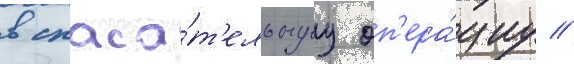
в спаса́т'ельнуу оп'ера́циу //